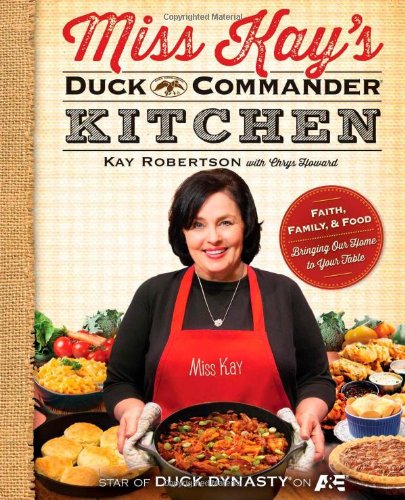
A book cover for Miss Kay's Duck Commander Kitchen: Faith, Family, and Food--Bringing Our Home to Your Table; Kay Robertson; Cookbooks, Food & Wine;